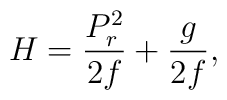
H={{P^2_r}\over{2f}}+{{g}\over{2f}},